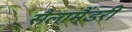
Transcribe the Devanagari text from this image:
सैलामैंडरी